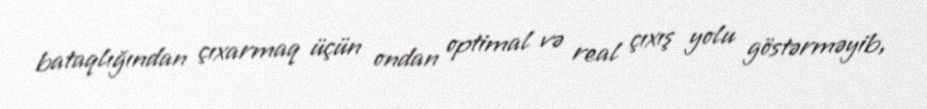
bataqlığından çıxarmaq üçün ondan optimal və real çıxış yolu göstərməyib,